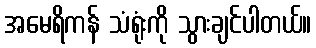
အမေရိကန် သံရုံးကို သွားချင်ပါတယ်။